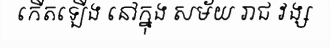
កើតឡើង នៅក្នុង សម័យ រាជ វង្ស